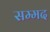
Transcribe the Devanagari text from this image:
सम्मद